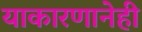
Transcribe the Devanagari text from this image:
याकारणानेही